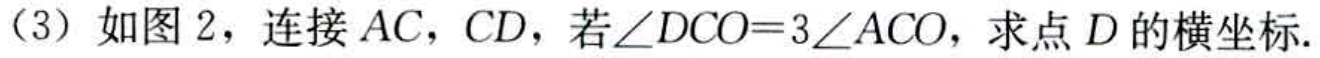
（3）如图2，连接 \(AC\)，\(CD\)，若\(\angle DCO = 3\angle ACO\)，求点 \(D\) 的横坐标.